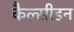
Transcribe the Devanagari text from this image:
कैल्सीडन